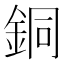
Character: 銅